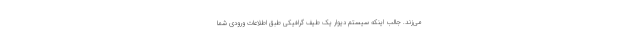
می‌زند. جالب اینکه سیستم دیوار یک طیف گرافیکی طبق اطلاعات ورودی شما